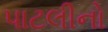
પાટલીનો